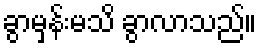
ခွာမှန်းမသိ ခွာလာသည်။